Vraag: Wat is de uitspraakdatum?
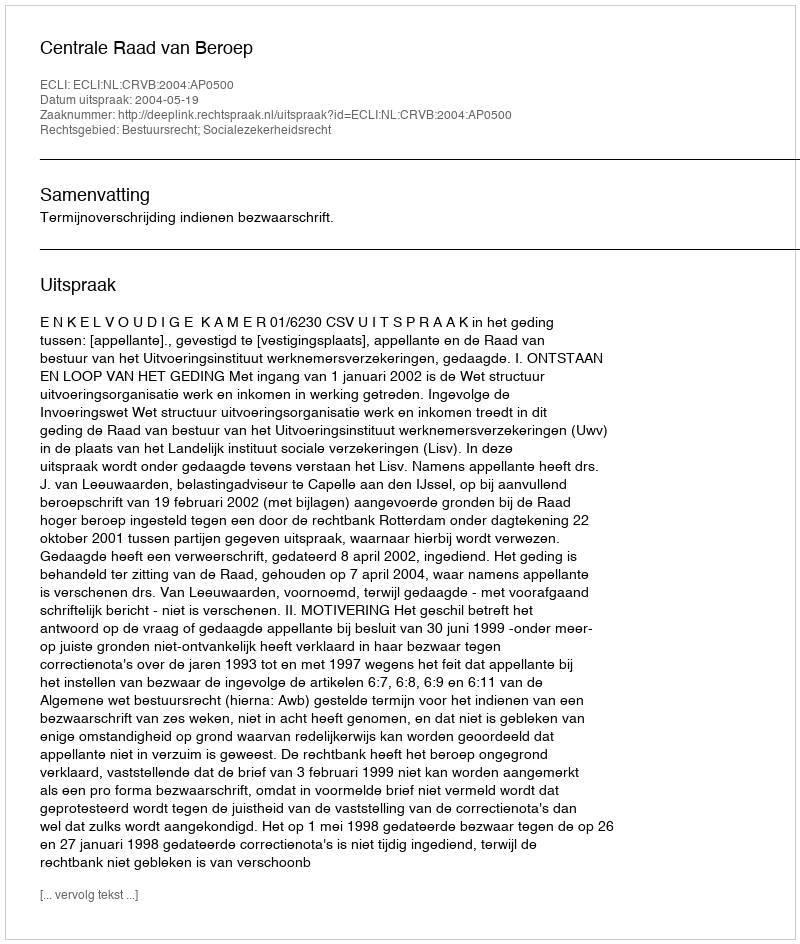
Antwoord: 2004-05-19